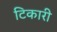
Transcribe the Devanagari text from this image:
टिकारी